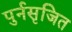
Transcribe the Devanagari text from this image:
पुर्नसृजित